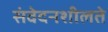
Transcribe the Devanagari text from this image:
संवेदनशीलते